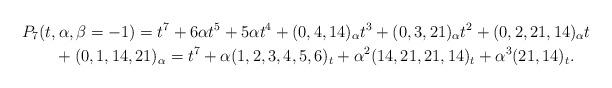
LaTeX: \begin{gather*}P_7(t,\alpha,\beta=-1)=t^7+6 \alpha t^5 + 5 \alpha t^4 +(0,4,14)_{\alpha} t^3 + (0,3,21)_{\alpha} t^2 + (0,2,21,14)_{\alpha} t\\\qquad{} +(0,1,14,21)_{\alpha} = t^7+\alpha(1,2,3,4,5,6)_{t}+ \alpha^2(14,21,21,14)_{t} + \alpha^3(21,14)_{t}.\end{gather*}